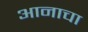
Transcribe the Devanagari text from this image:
आनाचा